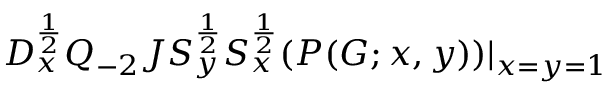
D _ { x } ^ { \frac { 1 } { 2 } } Q _ { - 2 } J S _ { y } ^ { \frac { 1 } { 2 } } S _ { x } ^ { \frac { 1 } { 2 } } ( P ( G ; x , y ) ) | _ { x = y = 1 }